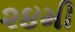
૨૪મી